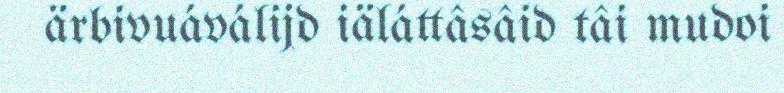
ärbivuáválijd iäláttâsâid tâi mudoi